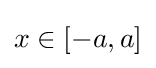
x\in [-a,a]